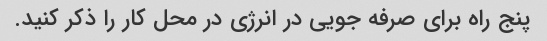
پنج راه برای صرفه جویی در انرژی در محل کار را ذکر کنید.